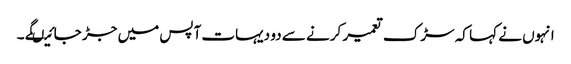
انہوں نے کہا کہ سڑک تعمیر کرنے سے دو دیہات آپس میں جڑ جائیںگے ۔